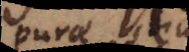
purae seu